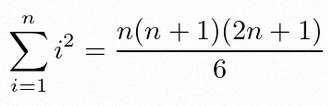
\sum_{i=1}^{n}i^2=\frac{n(n+1)(2n+1)}6